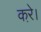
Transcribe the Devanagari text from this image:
करे़।